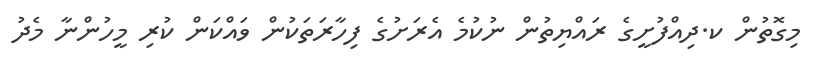
މިގޮތުން ކ.ދިއްފުށީގެ ރައްޔިތުން ނުކުމެ އެރަށުގެ ފިހާރަތަކުން ވައްކަން ކުރި މީހުންނާ މެދު